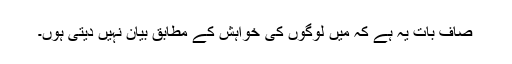
صاف بات یہ ہے کہ میں لوگوں کی خواہش کے مطابق بیان نہیں دیتی ہوں۔